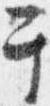
于